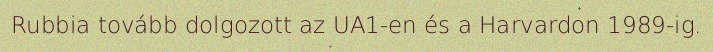
Rubbia tovább dolgozott az UA1-en és a Harvardon 1989-ig.